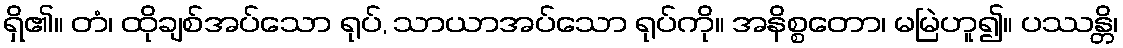
ရှိ၏။ တံ၊ ထိုချစ်အပ်သော ရုပ်, သာယာအပ်သော ရုပ်ကို။ အနိစ္စတော၊ မမြဲဟူ၍။ ပဿန္တိ၊